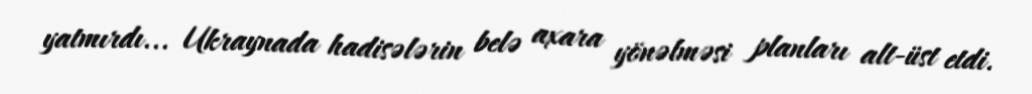
yatmırdı... Ukraynada hadisələrin belə axara yönəlməsi planları alt-üst etdi.